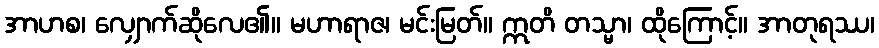
အာဟစ၊ လျှောက်ဆိုလေ၏။ မဟာရာဇ၊ မင်းမြတ်။ ဣတိ တသ္မာ၊ ထိုကြောင့်။ အာတုရဿ၊